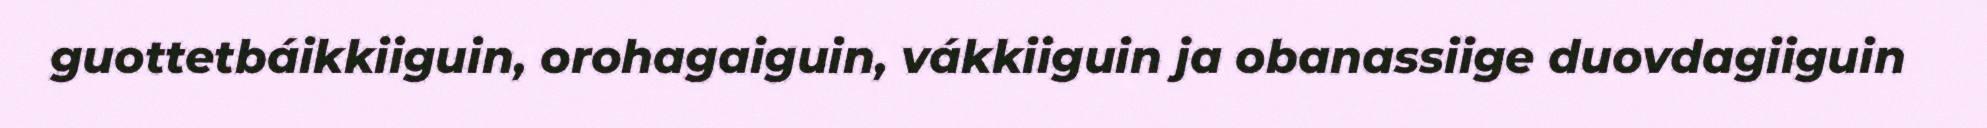
guottetbáikkiiguin, orohagaiguin, vákkiiguin ja obanassiige duovdagiiguin